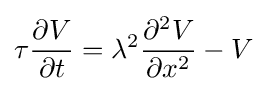
\tau {\frac {\partial V}{\partial t}}=\lambda ^{2}{\frac {\partial ^{2}V}{\partial x^{2}}}-V